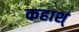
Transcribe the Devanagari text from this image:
कहाश्